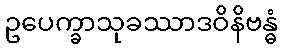
ဥပေက္ခာသုခဿာဒဝိနိဗန္ဓံ